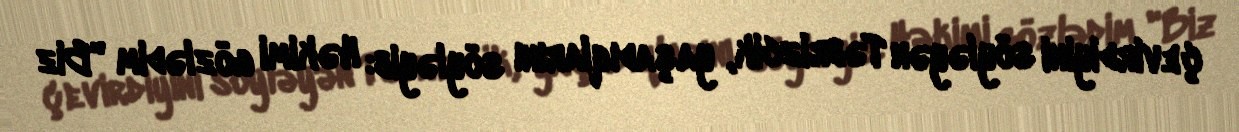
çevirdiyini söyləyən Təbrizcik, yaşadıqlarını söyləyib: Həkimi gözlədim "Biz